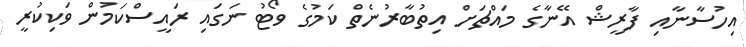
އިހުސާނާއި ފާރީޝް އޭނާގެ މައްޗަށް އިތުބާރުނެތް ކަމުގެ ވޯޓު ނަގައި ރައީސްކަމުން ވަކިކުރީ